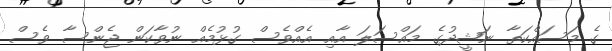
ގެ މަސައްކަތާ ނަޝީދުގެ މައްސަލަ އާއި އެއްވެސް ގުޅުމެއް ނުވާކަން ޖެންސާ ވެސް